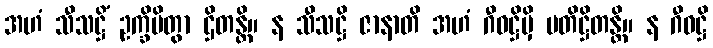
အဟံ သီသဋ္ဌိံ ဥက္ခိပိတွာ ဌိတန္တိ။ န သီသဋ္ဌိ ဇာနာတိ အဟံ ဂီဝဋ္ဌိမှိ ပတိဋ္ဌိတန္တိ။ န ဂီဝဋ္ဌိ